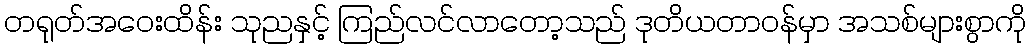
တရုတ်အဝေးထိန်း သုညနှင့် ကြည်လင်လာတော့သည် ဒုတိယတာဝန်မှာ အသစ်များစွာကို